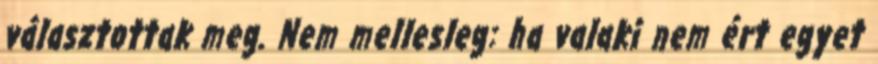
választottak meg. Nem mellesleg: ha valaki nem ért egyet